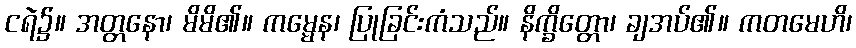
ငရဲ၌။ အတ္တနော၊ မိမိ၏။ ကမ္မေန၊ ပြုခြင်းကံသည်။ နိက္ခိတ္တော၊ ချအပ်၏။ ကတမေဟိ၊